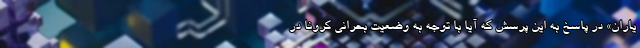
یاران» در پاسخ به این پرسش که آیا با توجه به وضعیت بحرانی کرونا در